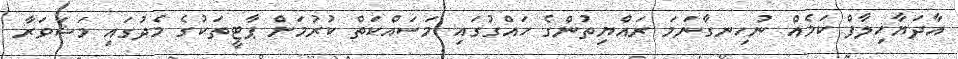
އާދަޔާހިލާފް ކަމެއް ނުހިނގާނަމަ ރައްޔިތުންގެ ހައްގުގައި މަސައްކަތް ކުރުމަށް ޕާޓީތަކުގެ މެދުގައި މަޝަވަރާ